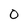
Character: 0